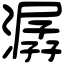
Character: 潺